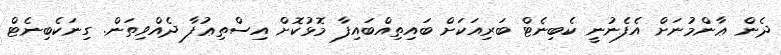
ދެން ޢާންމުނަށް އެފެނުނީ ކެބިނެޓް ބަރިއަކަށް ބައިތިއްބައިފާ މޮޅުކޮށް އިސްތިޢުފާ ދެއްވިތަން. ގިނަކެބިނެޓް